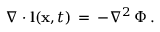
\nabla \cdot { \bf l } ( { \bf x } , t ) \, = \, - \nabla ^ { 2 } \, \Phi \, .